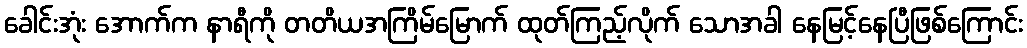
ခေါင်းအုံး အောက်က နာရီကို တတိယအကြိမ်မြောက် ထုတ်ကြည့်လိုက် သောအခါ နေမြင့်နေပြီဖြစ်ကြောင်း